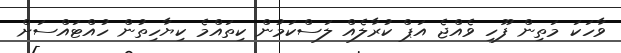
ވާހަކަ މަތިން ފޫހި ވެއްޖެ އަޕް ކުރާލެއް ލަސްކަމުން ކިތައްމެ ކިޔާހިތުން ހުއްޓައްސަށް